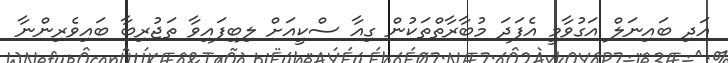
އަދި ބައިނަލް އަގުވާމީ އެފަދަ މުބާރާތްތަކުން ގިއާ ސްކީއަށް ލިބިފައިވާ ތަޖުރިބާ ބައިވެރިންނާ